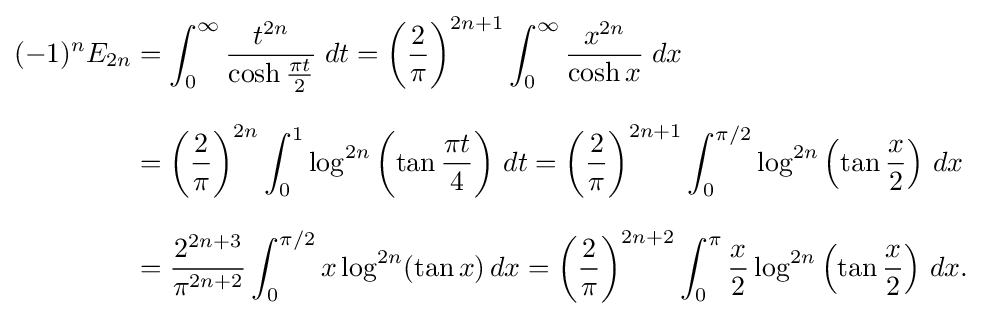
{\begin{aligned}(-1)^{n}E_{2n}&=\int _{0}^{\infty }{\frac {t^{2n}}{\cosh {\frac {\pi t}{2}}}}\;dt=\left({\frac {2}{\pi }}\right)^{2n+1}\int _{0}^{\infty }{\frac {x^{2n}}{\cosh x}}\;dx\\[8pt]&=\left({\frac {2}{\pi }}\right)^{2n}\int _{0}^{1}\log ^{2n}\left(\tan {\frac {\pi t}{4}}\right)\,dt=\left({\frac {2}{\pi }}\right)^{2n+1}\int _{0}^{\pi /2}\log ^{2n}\left(\tan {\frac {x}{2}}\right)\,dx\\[8pt]&={\frac {2^{2n+3}}{\pi ^{2n+2}}}\int _{0}^{\pi /2}x\log ^{2n}(\tan x)\,dx=\left({\frac {2}{\pi }}\right)^{2n+2}\int _{0}^{\pi }{\frac {x}{2}}\log ^{2n}\left(\tan {\frac {x}{2}}\right)\,dx.\end{aligned}}